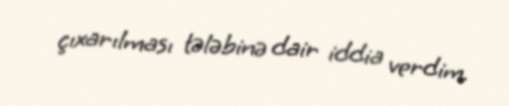
çıxarılması tələbinə dair iddia verdim.